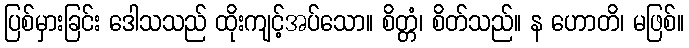
ပြစ်မှားခြင်း ဒေါသသည် ထိုးကျင့်အပ်သော။ စိတ္တံ၊ စိတ်သည်။ န ဟောတိ၊ မဖြစ်။